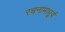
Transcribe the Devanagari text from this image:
रचनामाधुर्य